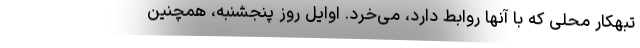
تبهکار محلی که با آنها روابط دارد، می‌خرد. اوایل روز پنجشنبه، همچنین